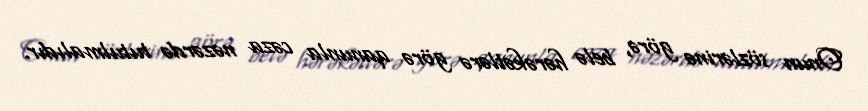
Onun sözlərinə görə, belə hərəkətlərə görə qanunla cəza nəzərdə tutulmalıdır.